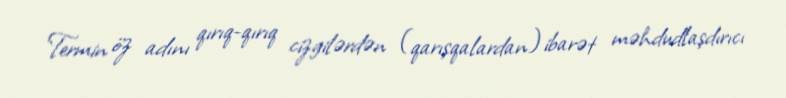
Termin öz adını qırıq-qırıq cizgilərdən (qarışqalardan) ibarət məhdudlaşdırıcı